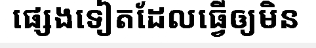
ផ្សេងទៀតដែលធ្វើឲ្យមិន